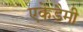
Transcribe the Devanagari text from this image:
एकेडैमी